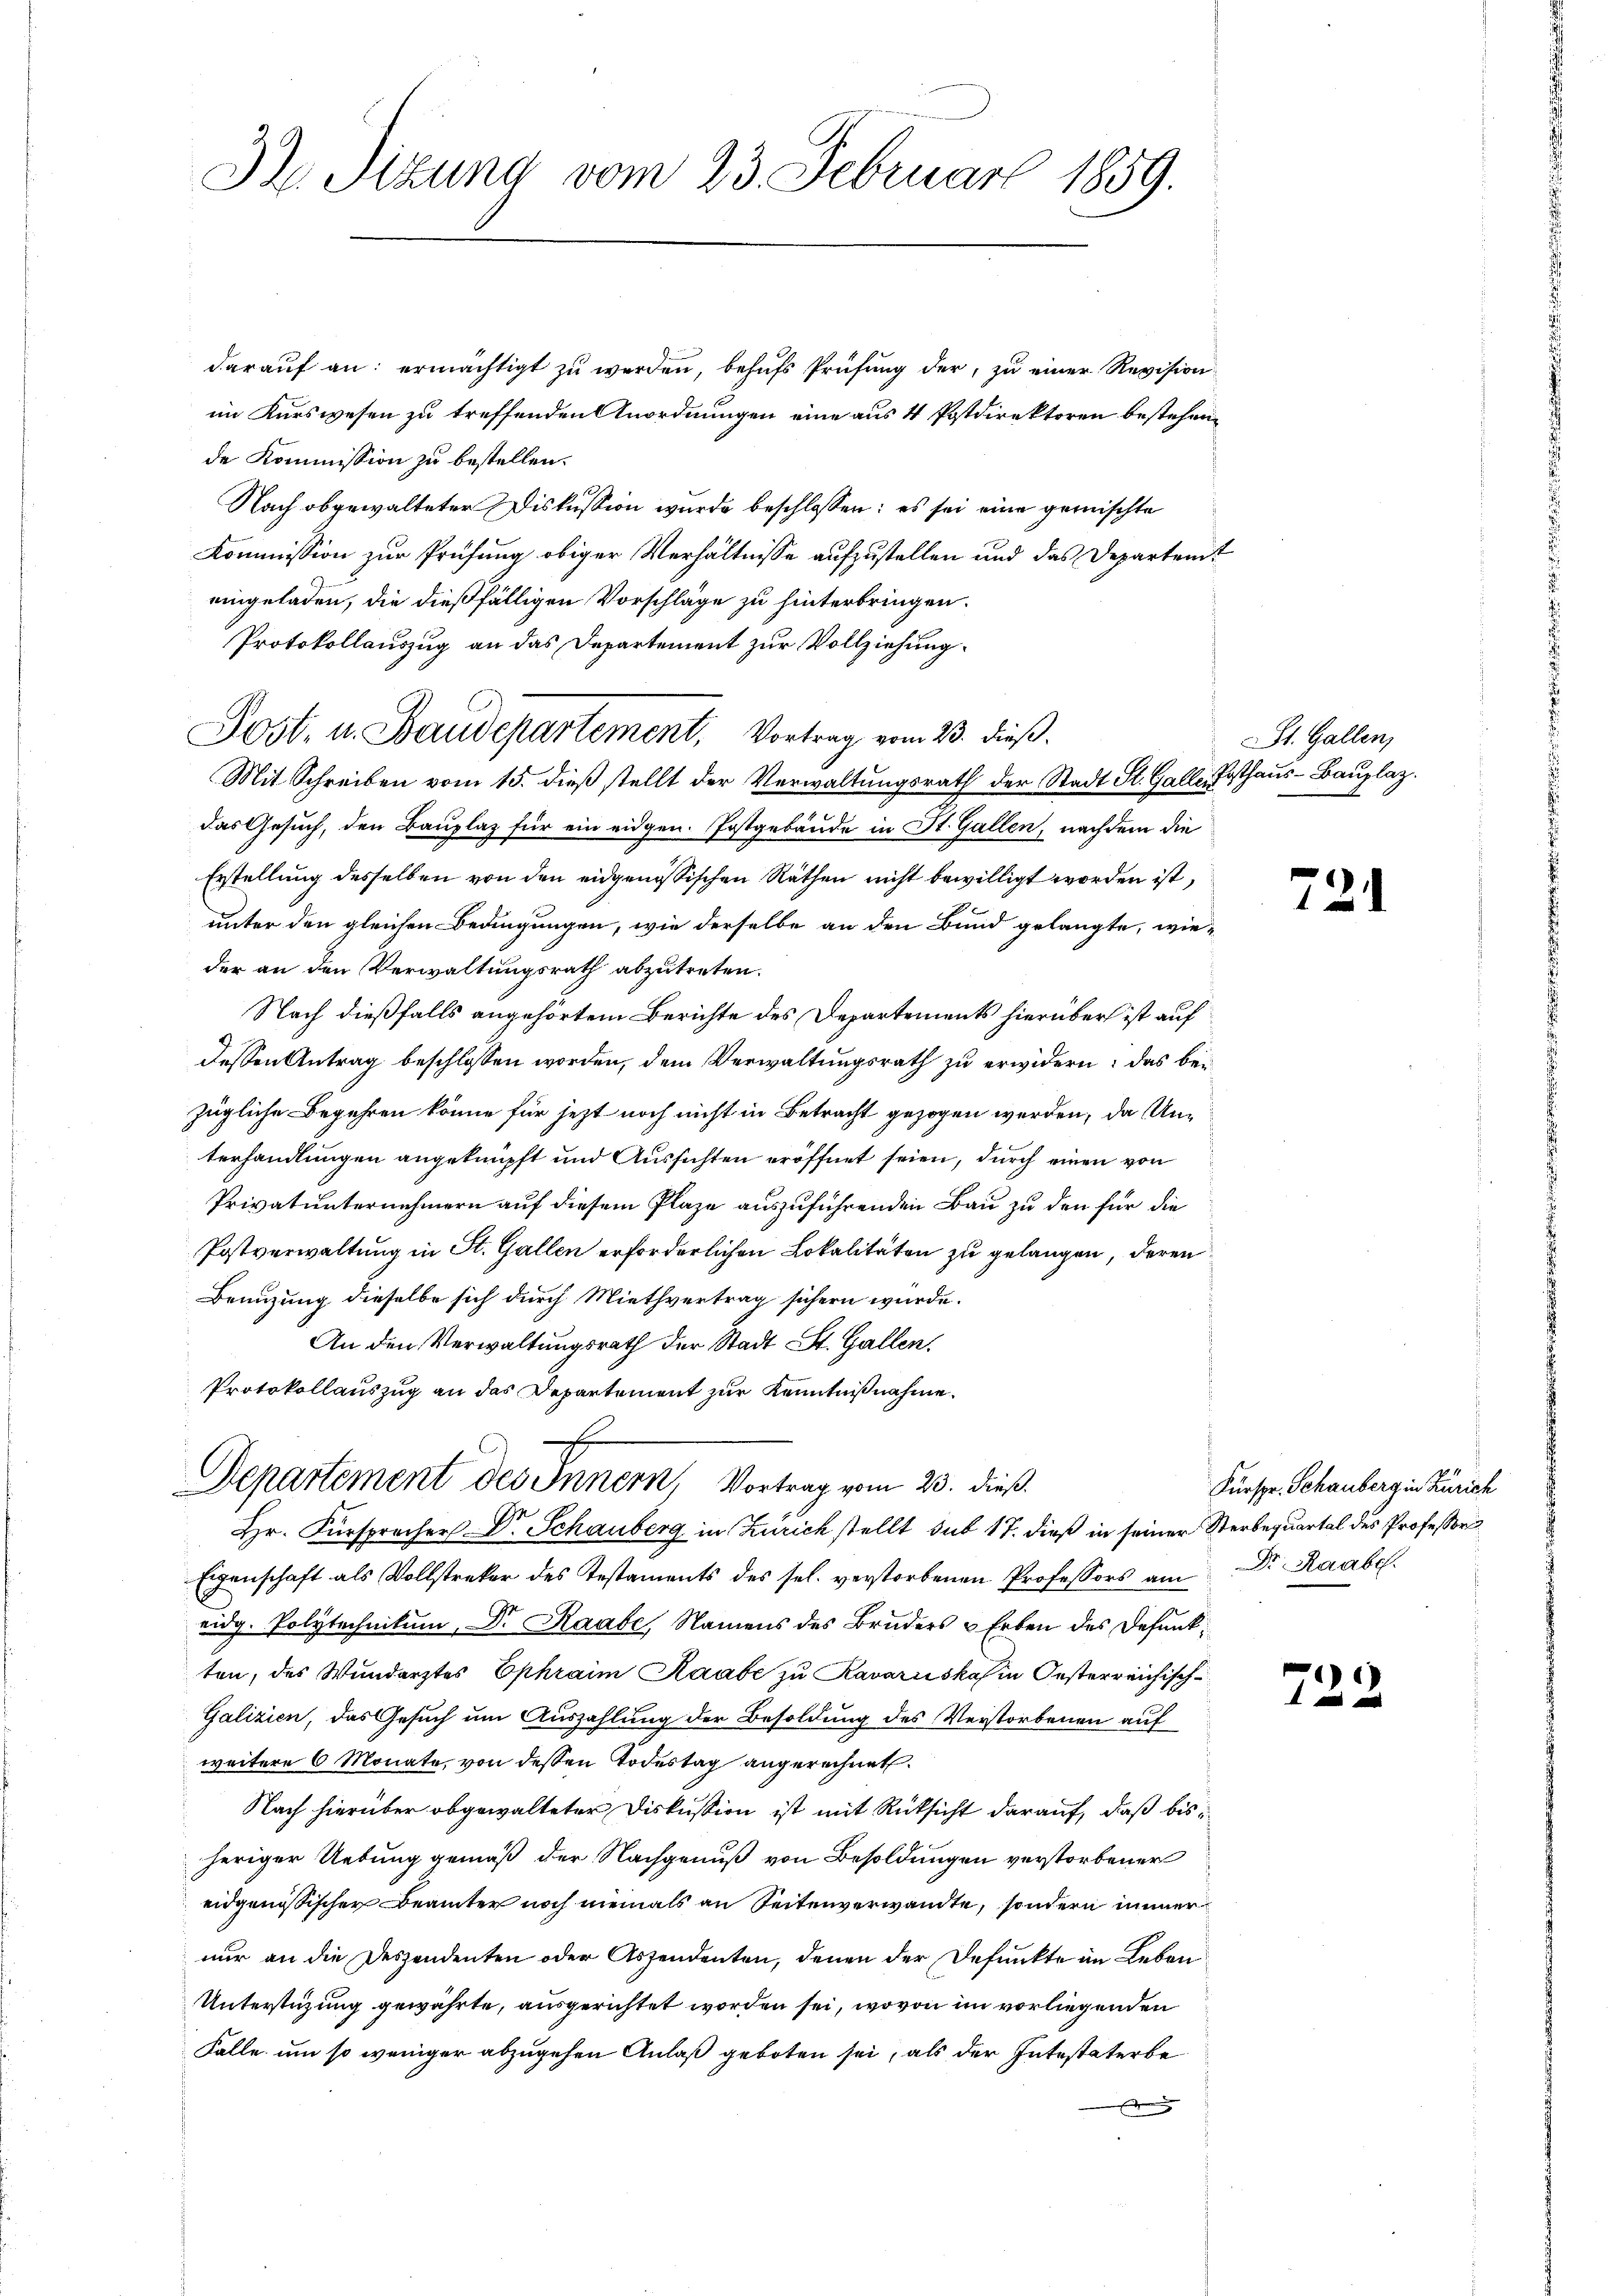
32. Sizung vom 23. Februar 1859.

daraŭf an: ermächtigt zŭ werden, behŭfs Prüfŭng der zŭ einer Revision
im Kurswesen zu treffenden Anordnungen eine aus 4 Postdirektoren bestehen,
de Kommission zu bestellen.
Nach obgewalteter Diskussion wurde beschlossen: es sei eine gemischte
Kommission zur Prüfung obiger Verhältnisse aufzustellen und das Departemt
eingeladen, die dießfälligen Vorschläge zu hinterbringen.
Protokollauszug an das Departement zur Vollziehung
Mit Schreiben vom 15. dieß stellt der Verwaltungsrath der Stadt St. Galle Posthaus-Bauplaz.
das Gesuch, den Bauplaz für ein eidgen. Postgebäude in St. Gallen, nachdem die
Erstellung desselben von den eidgenössischen Räthen nicht bewilligt worden ist,
unter den gleichen Bedingungen, wie derselbe an den Bund gelangte, wieder an den Verwaltungsrath abzutreten.
Nach dießfalls angehörtem Berichte des Departements hierüber ist auf
dessen Antrag beschlossen worden, dem Verwaltungsrath zu erwidern: das bei
zügliche Begehren könne für jetzt noch nicht in Betracht gezogen werden, da Unterhandlungen angeknüpft und Aussichten eröffnet seien, durch einen von
Privatunternehmern auf diesem Plaze auszuführenden Bau zu den für die
Postverwaltung in St. Gallen erforderlichen Lokalitäten zu gelangen, deren
Benuzung dieselbe sich durch Miethvertrag sichern würde.
An den Verwaltungsrath der Stadt St. Gallen.
Protokollauszug an das Departement zur Kenntnißnahme.
Departement des Innern, Vortrag vom 23. dieß.
Hr. Fürspracher Dr. Schauberg in Zürich stellt sub 17. dieß in seiner Sterbequartal des Professor
Eigenschaft als Vollstreker des Testaments des sel. verstorbenen Professors am Dr. Raabe.
eidg. Polytechnikum, Dr. Raabe, Namens des Bruders u Erben des Defunkten, des Wundarztes Ephraim Raabe zu Kavariiska in Oesterreichisch¬
Galizien, das Gesuch um Auszahlung der Besoldung des Verstorbenen auf
weitere 6 Monate, von dessen Todestag angerechnet.
Nach hierüber abgewalteter Diskussion ist mit Rüksicht darauf, daß bis
heriger Uebung gemäß der Nachgenuß von Besoldungen verstorbener
eidgenössischer Beamter noch niemals an Seitenverwandte, sondern immer
nur an die Deszendenten oder Assendenten, denen der Defunkte im Leben
Unterstüzung gewährte, ausgerichtet worden sei, wovon im vorliegenden
Falle um so weniger abzugehen Anlaß geboten sei, als der Intestaterbe
x

Post. u. Baudepartement. Vortrag vom 23. dieß.

St. Gallen,

724

Fürspr. Schauberg in Zürich

722